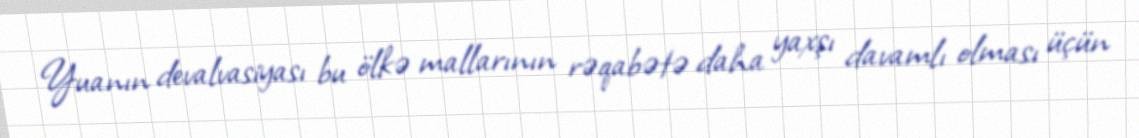
Yuanın devalvasiyası bu ölkə mallarının rəqabətə daha yaxşı davamlı olması üçün